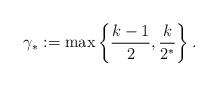
LaTeX: \begin{align*}\gamma_{\ast}:=\max\left\{ \frac{k-1}{2},\frac{k}{2^{\ast}}\right\} .\end{align*}